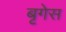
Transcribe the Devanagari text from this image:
बृगेस